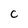
Character: C